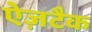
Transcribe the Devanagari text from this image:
ऐज़टैक